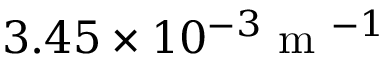
3 . 4 5 \times 1 0 ^ { - 3 } \textrm { m } ^ { - 1 }